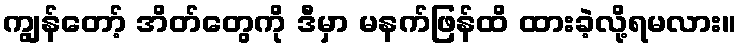
ကျွန်တော့် အိတ်တွေကို ဒီမှာ မနက်ဖြန်ထိ ထားခဲ့လို့ရမလား။